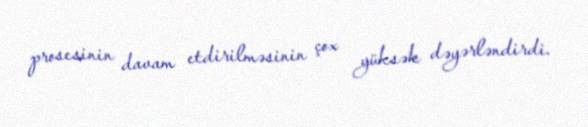
prosesinin davam etdirilməsinin çox yüksək dəyərləndirdi.